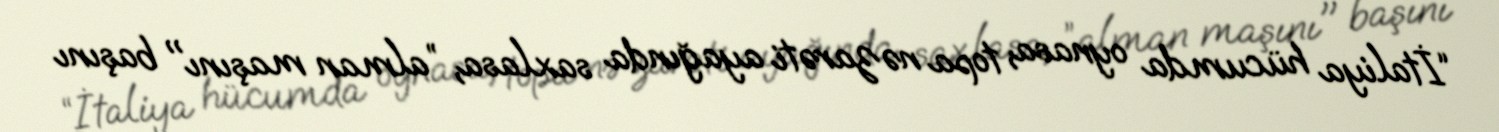
“İtaliya hücumda oynasa, topa nəzarəti ayağında saxlasa, ”alman maşını" başını